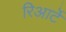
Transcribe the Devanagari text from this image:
रिआर्टे